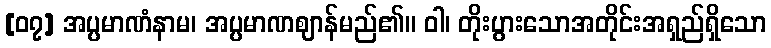
[၀၇] အပ္ပမာဏံနာမ၊ အပ္ပမာဏဈာန်မည်၏။ ဝါ၊ တိုးပွားသောအတိုင်းအရှည်ရှိသော